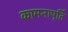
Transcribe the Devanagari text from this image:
कामनापूर्ति